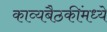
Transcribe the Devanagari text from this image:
काव्यबैठकींमध्ये